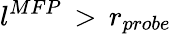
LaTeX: l^{MFP}\, >\, r_{probe}